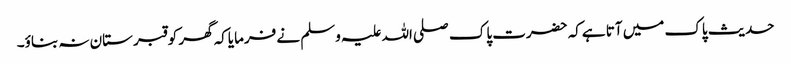
حدیث پاک میں آتا ہےکہ حضرت پاک صلی اللہ علیہ وسلم نے فرمایاکہ گھر کو قبر ستان نہ بناؤ۔